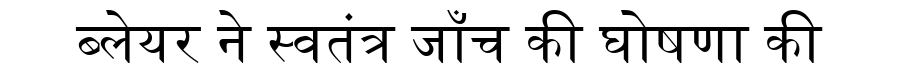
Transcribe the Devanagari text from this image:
ब्लेयर ने स्वतंत्र जाँच की घोषणा की